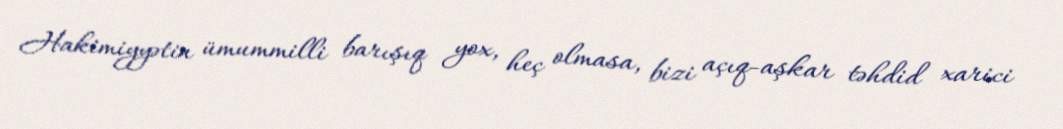
Hakimiyyətin ümummilli barışıq yox, heç olmasa, bizi açıq-aşkar təhdid xarici